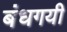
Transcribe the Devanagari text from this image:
बंधगयी